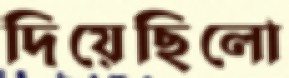
দিয়েছিলো